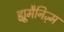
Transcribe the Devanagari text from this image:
ह्यूमैनिज़्म